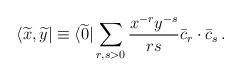
LaTeX: \begin{align*}\langle\widetilde x,\widetilde y|\equiv\langle\widetilde 0|\sum_{r,s>0}{x^{-r}y^{-s}\over{rs}}\bar c_r\cdot\bar c_s\,.\end{align*}